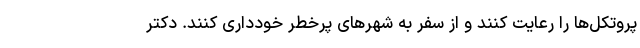
پروتکل‌ها را رعایت کنند و از سفر به شهرهای پرخطر خودداری کنند. دکتر